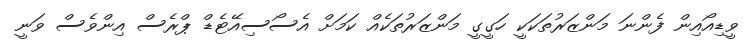
ވީޑިއޯއިން ފެންނަ މަންޒަރުތަކަކީ ހަގީގީ މަންޒަރުތަކެއް ކަމަށް އެސޯސިއޭޓެޑް ޕްރެސް އިންވެސް ވަނީ